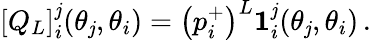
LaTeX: \left[Q_{L}\right]_{i}^{\mathit{j}}(\theta_{\mathit{j}},\theta_{i})=\left(p_{i}^{+}\right)^{L}\mathbf{{1}}_{i}^{\mathit{j}}(\theta_{\mathit{j}},\theta_{i})\, .